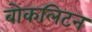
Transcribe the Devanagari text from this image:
बोकलिटन